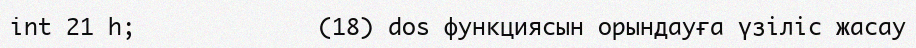
int 21 h;             (18) dos функциясын орындауға үзіліс жасау